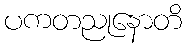
ပကတညုနောတိ